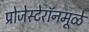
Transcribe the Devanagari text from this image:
प्रोजेस्टेरॉनमूळे